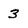
Character: 3